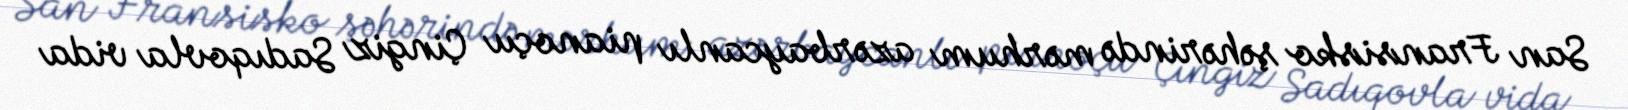
San Fransisko şəhərində mərhum azərbaycanlı pianoçu Çingiz Sadıqovla vida